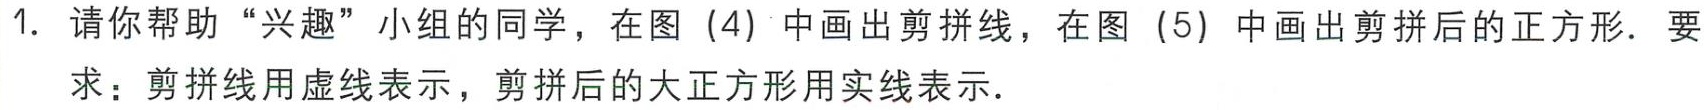
1. 请你帮助“兴趣”小组的同学，在图（4）中画出剪拼线，在图（5）中画出剪拼后的正方形．要求：剪拼线用虚线表示，剪拼后的大正方形用实线表示．